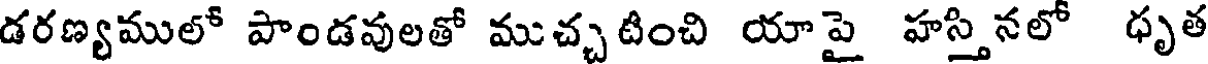
డరణ్యములో పాండవులతో ముచ్చటించి యాపై హస్తినలో ధృత